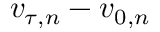
\boldsymbol { v } _ { \! \; \! \tau , n } - \boldsymbol { v } _ { 0 , n }